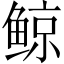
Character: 鲸